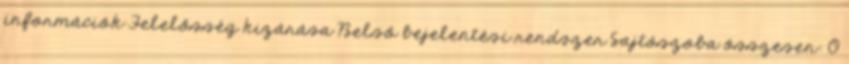
információk Felelősség kizárása Belső bejelentési rendszer Sajtószoba összesen: 0